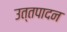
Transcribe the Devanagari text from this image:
उत्तपादन